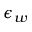
\epsilon _ { w }